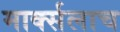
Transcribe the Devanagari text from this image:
मार्क्‍सलाच